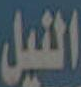
النيل